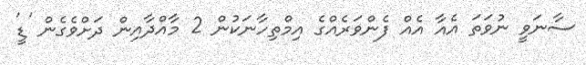
ސާނަވީ ނުވަތަ އެއާ އެއް ފެންވަރެއްގެ އިމްތިހާނަކުން 2 މާއްދާއިން ދަށްވެގެން 'ޑީ'